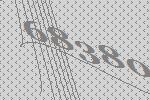
68380